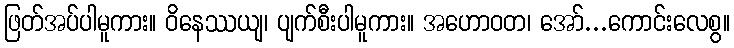
ဖြတ်အပ်ပါမူကား။ ဝိနေဿယျ၊ ပျက်စီးပါမူကား။ အဟောဝတ၊ အော်...ကောင်းလေစွ။